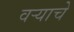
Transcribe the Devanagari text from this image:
वर्‍याचे